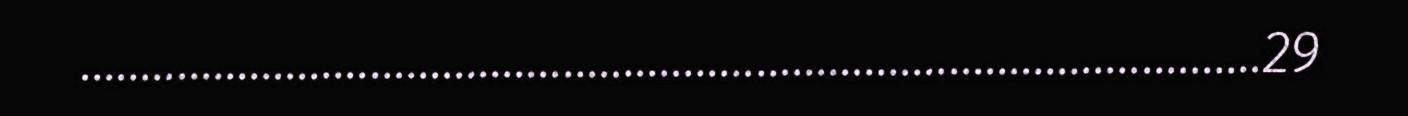
..................................................................................................29